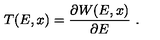
T ( E , x ) = { \frac { \partial W ( E , x ) } { \partial E } } \ .